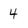
Character: 4